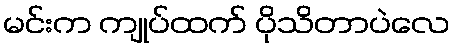
မင်းက ကျုပ်ထက် ပိုသိတာပဲလေ